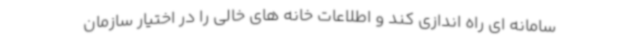
سامانه ای راه اندازی کند و اطلاعات خانه های خالی را در اختیار سازمان